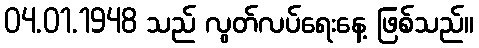
04.01.1948 သည် လွတ်လပ်ရေးနေ့ ဖြစ်သည်။